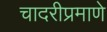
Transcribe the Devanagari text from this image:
चादरीप्रमाणे